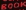
BOOK